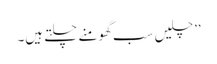
’’چلیں سب گھومنے چلتے ہیں۔